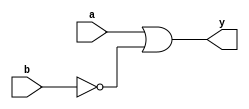
module xor_passgate(
    input a,
    input b,
    output y
);

wire pa, pb;
assign pa = a;
assign pb = ~b;

assign y = pa | pb;

endmodule